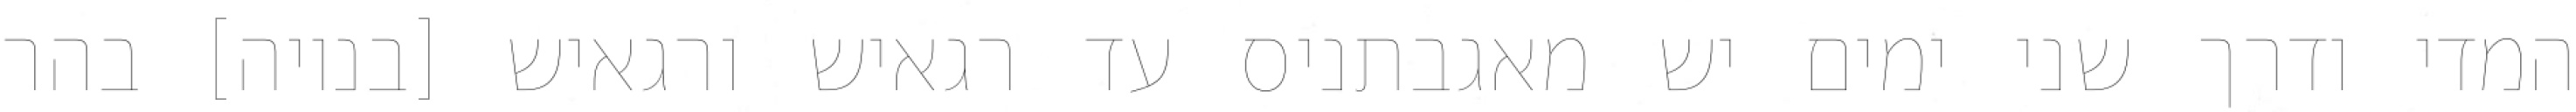
המדי ודרך שני ימים יש מאגבתניס עד רגאיש ורגאיש [בנויה] בהר